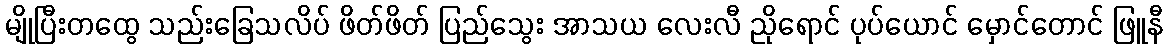
မျိုပြီးတထွေ သည်းခြေသလိပ် ဖိတ်ဖိတ် ပြည်သွေး အာသယ လေးလီ ညိုရောင် ပုပ်ယောင် မှောင်တောင် ဖြူနီ